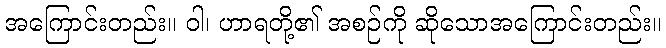
အကြောင်းတည်း။ ဝါ၊ ဟာရတို့၏ အစဉ်ကို ဆိုသောအကြောင်းတည်း။